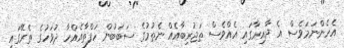
އެހެންނަމަވެސް އެ ދާއިރާގައި އެއްވެސް ތަޖުރިބާއެއް ނެތުމުގެ ސަބަބުން ހަފްތާއެއްހާ ދުވަހުގެ ތެރޭގައި